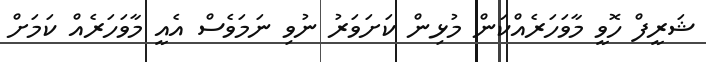
ޝަރީފް ހޮވީ މާވަހަރެއްކަން މުޅިން ކަށަވަރު ނުވި ނަމަވެސް އެއީ މާވަހަރެއް ކަމަށް